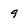
Character: 9